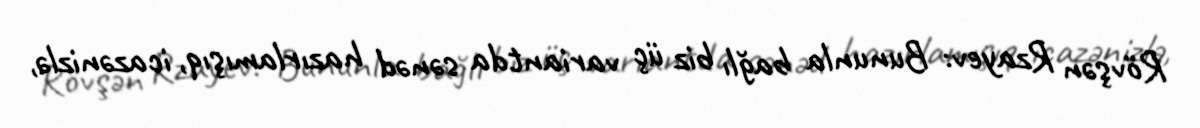
Rövşən Rzayev: Bununla bağlı biz üç variantda sənəd hazırlamışıq, icazənizlə,